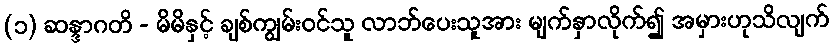
(၁) ဆန္ဒာဂတိ - မိမိနှင့် ချစ်ကျွမ်းဝင်သူ လာဘ်ပေးသူအား မျက်နှာလိုက်၍ အမှားဟုသိလျက်